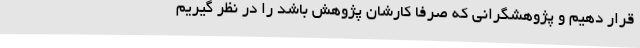
قرار دهیم و پژوهشگرانی که صرفاً کارشان پژوهش باشد را در نظر گیریم